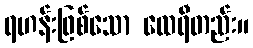
ရဟန်းဖြစ်သော ထေရီတည်း။